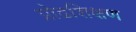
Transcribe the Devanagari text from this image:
प्रोढशिक्षण